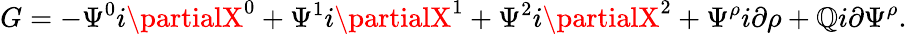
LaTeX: G=-\Psi^{0}i\partialX^{0}+\Psi^{1}i\partialX^{1}+\Psi^{2}i\partialX^{2}+\Psi^{\rho}i\partial\rho+\mathbb{Q}i\partial\Psi^{\rho}.